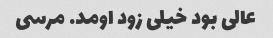
عالی بود خیلی زود اومد. مرسی